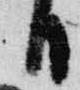
日